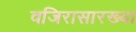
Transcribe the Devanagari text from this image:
वजिरासारख्या